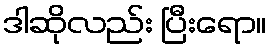
ဒါဆိုလည်း ပြီးရော။